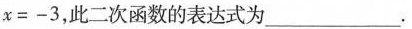
$$x = - 3$$，此二次函数的表达式为___.